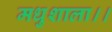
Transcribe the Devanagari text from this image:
मधुशाला।।